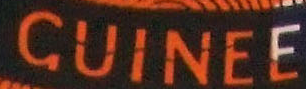
GUINEE